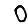
Digit: 0